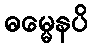
ဓမ္မေနပိ